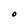
Character: O